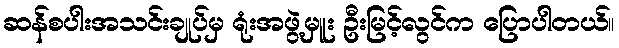
ဆန်စပါးအသင်းချုပ်မှ ရုံးအဖွဲ့မှူး ဦးမြင့်လွင်က ပြောပါတယ်။